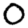
Digit: 0